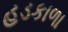
હડકાળા